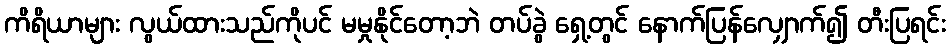
ကိရိယာများ လွယ်ထားသည်ကိုပင် မမှုနိုင်တော့ဘဲ တပ်ခွဲ ရှေ့တွင် နောက်ပြန်လျှောက်၍ တီးပြရင်း